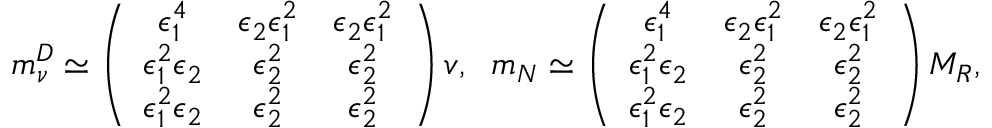
m _ { \nu } ^ { D } \simeq \left( \begin{array} { c c c } { { \epsilon _ { 1 } ^ { 4 } } } & { { \epsilon _ { 2 } \epsilon _ { 1 } ^ { 2 } } } & { { \epsilon _ { 2 } \epsilon _ { 1 } ^ { 2 } } } \\ { { \epsilon _ { 1 } ^ { 2 } \epsilon _ { 2 } } } & { { \epsilon _ { 2 } ^ { 2 } } } & { { \epsilon _ { 2 } ^ { 2 } } } \\ { { \epsilon _ { 1 } ^ { 2 } \epsilon _ { 2 } } } & { { \epsilon _ { 2 } ^ { 2 } } } & { { \epsilon _ { 2 } ^ { 2 } } } \end{array} \right) v , \; \; m _ { N } \simeq \left( \begin{array} { c c c } { { \epsilon _ { 1 } ^ { 4 } } } & { { \epsilon _ { 2 } \epsilon _ { 1 } ^ { 2 } } } & { { \epsilon _ { 2 } \epsilon _ { 1 } ^ { 2 } } } \\ { { \epsilon _ { 1 } ^ { 2 } \epsilon _ { 2 } } } & { { \epsilon _ { 2 } ^ { 2 } } } & { { \epsilon _ { 2 } ^ { 2 } } } \\ { { \epsilon _ { 1 } ^ { 2 } \epsilon _ { 2 } } } & { { \epsilon _ { 2 } ^ { 2 } } } & { { \epsilon _ { 2 } ^ { 2 } } } \end{array} \right) M _ { R } ,